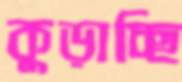
কুড়াচ্ছি